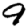
Digit: 9